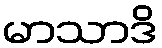
မာသာဒိ